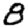
Digit: 8